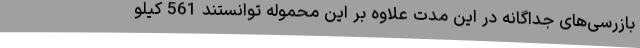
بازرسی‌های جداگانه در این مدت علاوه بر این محموله توانستند 561 کیلو